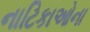
નાટિકાઓના